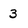
Character: 3